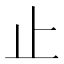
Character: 止